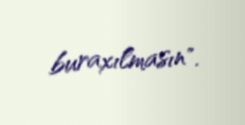
buraxılmasın".